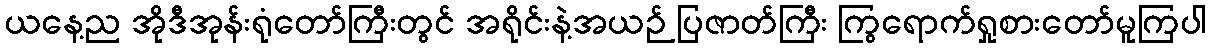
ယနေ့ည အိုဒီအုန်းရုံတော်ကြီးတွင် အရိုင်းနဲ့အယဉ် ပြဇာတ်ကြီး ကြွရောက်ရှုစားတော်မူကြပါ